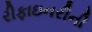
રીફાઇનરીની